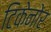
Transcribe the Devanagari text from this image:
टिकेनोर